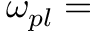
\omega _ { p l } =